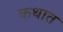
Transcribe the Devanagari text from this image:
कथात